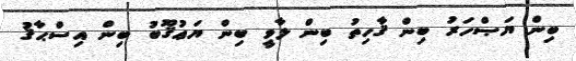
ބިން ޔަޞްހަރު ބިން ޤާހިތު ބިން ލާވީ ބިން ޔަޢުޤޫބު ބިން އިސްޙާޤު